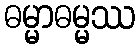
ဓမ္မာဓမ္မဿ